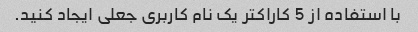
با استفاده از 5 کاراکتر یک نام کاربری جعلی ایجاد کنید.